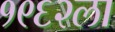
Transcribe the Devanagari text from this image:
१९६२ला